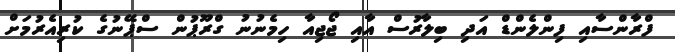
ފްރާންސާއި ފިންލެންޑް އަދި ބިލާރުސް އާއި ޖޯޖިއާ ހިމެނުނު ގްރޫޕުން ސްޕޭނުގެ ކުރިއެރުމަށް